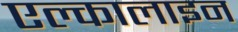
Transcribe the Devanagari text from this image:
एल्कालाइन